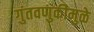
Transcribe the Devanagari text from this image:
गुंतवणुकीमुळे